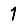
Digit: 1